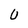
Character: U